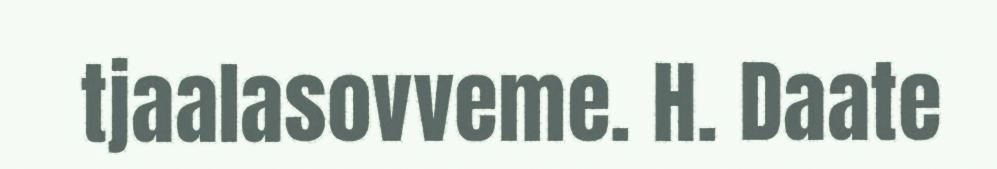
tjaalasovveme. H. Daate